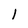
Character: l